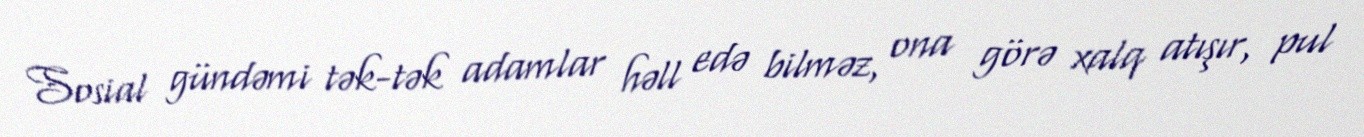
Sosial gündəmi tək-tək adamlar həll edə bilməz, ona görə xalq atışır, pul